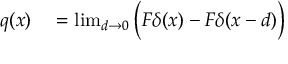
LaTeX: \begin{array} { r l } { q ( x ) } & { { } = \operatorname* { l i m } _ { d \to 0 } { \Big ( } F \delta ( x ) - F \delta ( x - d ) { \Big ) } } \end{array}